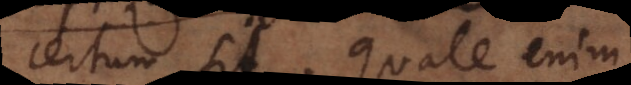
certum sit. Quale enim